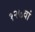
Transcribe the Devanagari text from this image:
१२७वां